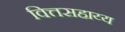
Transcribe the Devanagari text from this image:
वित्तसहाय्य